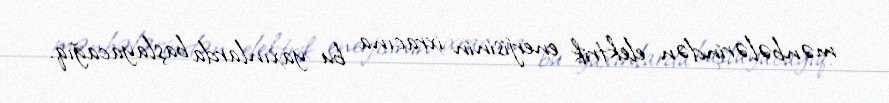
mənbələrindən elektrik enerjisinin ixracına bu yaxınlarda başlayacağıq.